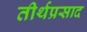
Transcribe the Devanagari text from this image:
तीर्थप्रसाद